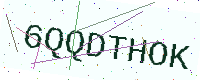
Text: 6QQDTHOK